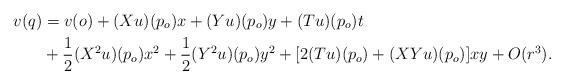
LaTeX: \begin{align*}v(q) & = v(o)+(X u)(p_o) x + (Y u)(p_o) y + (T u)(p_o) t\\& + \frac{1}{2} (X^2 u)(p_o) x^2 + \frac{1}{2} (Y^2 u)(p_o) y^2 + [2(Tu)(p_o)+(XYu)(p_o)]xy + O(r^3).\end{align*}